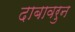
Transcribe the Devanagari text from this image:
दाबावरुन